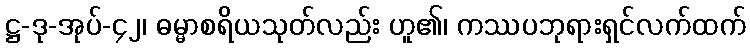
ဋ္ဌ-ဒု-အုပ်-၄၂၊ ဓမ္မာစရိယသုတ်လည်း ဟူ၏၊ ကဿပဘုရားရှင်လက်ထက်